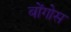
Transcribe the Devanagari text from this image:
बोंगोस